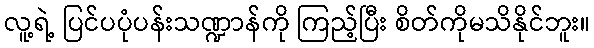
လူ့ရဲ့ ပြင်ပပုံပန်းသဏ္ဍာန်ကို ကြည့်ပြီး စိတ်ကိုမသိနိုင်ဘူး။